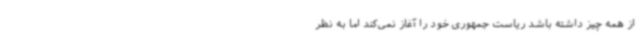
از همه چیز داشته باشد ریاست جمهوری خود را آغاز نمی‌کند اما به نظر